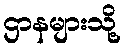
ဌာနများသို့